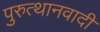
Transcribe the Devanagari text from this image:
पुरुत्थानवादी